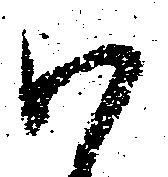
ハ